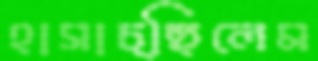
হাসাচ্ছিলেম